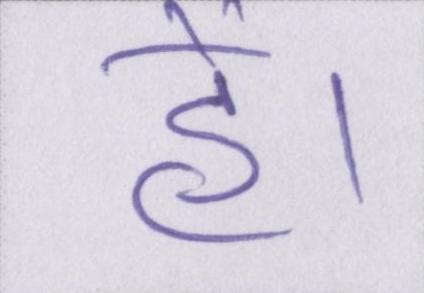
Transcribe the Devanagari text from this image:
हें।